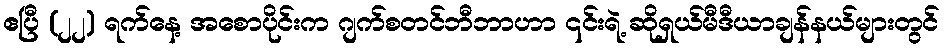
ဧပြီ (၂၂) ရက်နေ့ အစောပိုင်းက ဂျက်စတင်ဘီဘာဟာ ၎င်းရဲ့ ဆိုရှယ်မီဒီယာချန်နယ်များတွင်